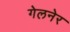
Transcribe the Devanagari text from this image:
गेलनेर